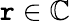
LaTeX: \mathtt{r}\in\mathbb{{C}}